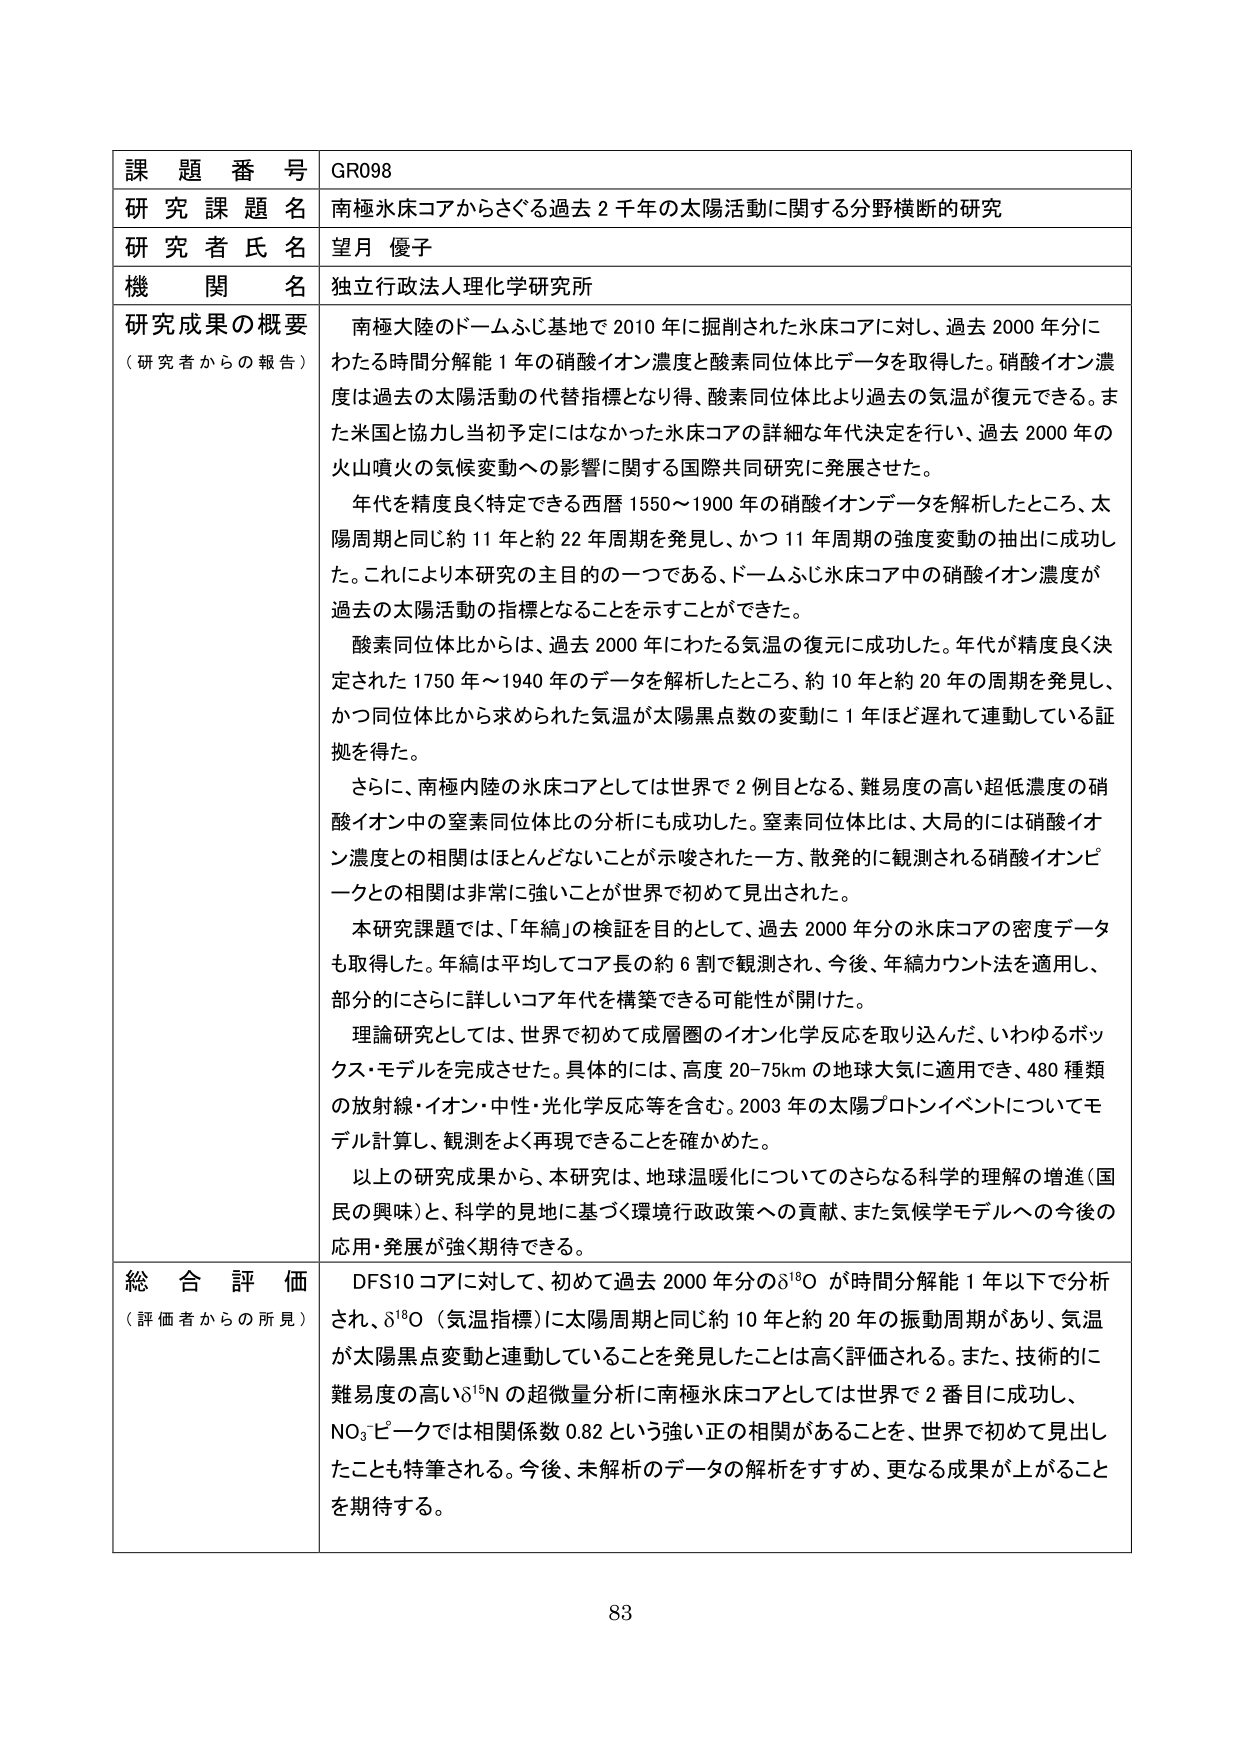
課題番号 GR098
研究課題名 南極氷床コアからさぐる過去２千年の太陽活動に関する分野横断的研究
研究者氏名 望月 優子
機関名 独立行政法人理化学研究所

研究成果の概要
（研究者からの報告）
南極大陸のドームふじ基地で2010年に掘削された氷床コアに対し、過去2000年分にわたる時間分解能1年の硝酸イオン濃度と酸素同位体比データを取得した。硝酸イオン濃度は過去の太陽活動の代替指標となり得、酸素同位体比より過去の気温が復元できる。また米国と協力し当初予定にはなかった氷床コアの詳細な年代決定を行い、過去2000年の火山噴火の気候変動への影響に関する国際共同研究に発展させた。

年代を精度良く特定できる西暦1550～1900年の硝酸イオンデータを解析したところ、太陽周期と同じ約11年と約22年周期を発見し、かつ11年周期の強度変動の抽出に成功した。これにより本研究の主目的の一つである、ドームふじ氷床コア中の硝酸イオン濃度が過去の太陽活動の指標となることを示すことができた。

酸素同位体比からは、過去2000年にわたる気温の復元に成功した。年代が精度良く決定された1750年～1940年のデータを解析したところ、約10年と約20年の周期を発見し、かつ同位体比から求められた気温が太陽黒点数の変動に1年ほど遅れて連動している証拠を得た。

さらに、南極内陸の氷床コアとしては世界で2例目となる、難易度の高い超低濃度の硝酸イオン中の窒素同位体比の分析にも成功した。窒素同位体比は、大局的には硝酸イオン濃度との相関はほとんどないことが示唆された一方、散発的に観測される硝酸イオンピークとの相関是非常に強いことが世界で初めて見出された。

本研究課題では、「年縞」の検証を目的として、過去2000年分の氷床コアの密度データも取得した。年縞は平均してコア長の約6割で観測され、今後、年縞カウント法を適用し、部分的にさらに詳しいコア年代を構築できる可能性が開けた。

理論研究としては、世界で初めて成層圏のイオン化学反応を取り込んだ、いわゆるボックス・モデルを完成させた。具体的には、高度20-75kmの地球大気に適用でき、480種類の放射線・イオン・中性・光化学反応等を含む。2003年の太陽プロトンイベントについてモデル計算し、観測をよく再現できることを確かめた。

以上の研究成果から、本研究は、地球温暖化についてのさらなる科学的理解の増進（国民の興味）と、科学的見地に基づく環境行政政策への貢献、また気候学モデルへの今後の応用・発展が強く期待できる。

総合評価
（評価者からの所見）
DFS10コアに対して、初めて過去2000年分のδ¹⁸Oが時間分解能1年以下で分析され、δ¹⁸O（気温指標）に太陽周期と同じ約10年と約20年の振動周期があり、気温が太陽黒点変動と連動していることを発見したことは高く評価される。また、技術的に難易度の高いδ¹⁵Nの超微量分析に南極氷床コアとしては世界で2番目に成功し、NO₃ピークでは相関係数0.82という強い正の相関があることを、世界で初めて見出したことも特筆される。今後、未解析のデータの解析をすすめ、更なる成果が上がることを期待する。

83